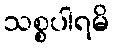
သစ္စပါရမိ